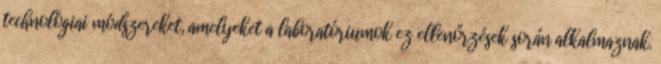
technológiai módszereket, amelyeket a laboratóriumok ez ellenőrzések során alkalmaznak.